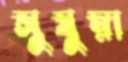
সুষুম্না